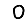
Digit: 0